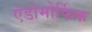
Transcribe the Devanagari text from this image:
एंडोमोर्फिक